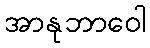
အာနုဘာဝေါ